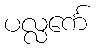
ပလ္လင်္ကေ